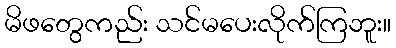
မိဖတွေကည်း သင်မပေးလိုက်ကြဘူး။